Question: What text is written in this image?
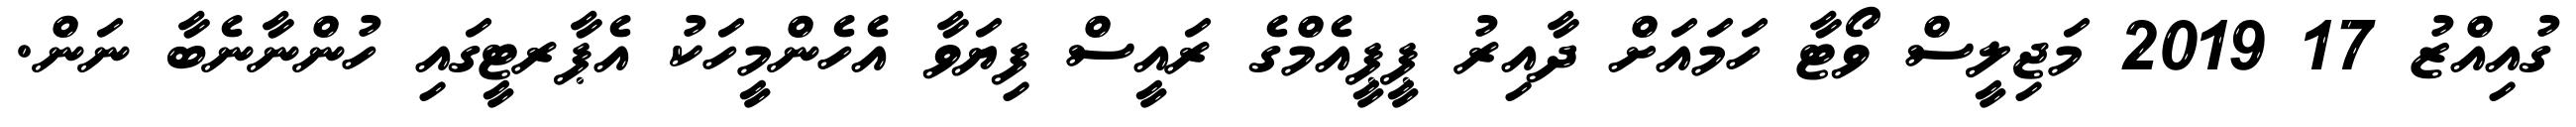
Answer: ގުއިއްޒު 17 2019 މަޖިލީސް ވޯޓާ ހަމައަށް ދާއިރު ޕީޕީއެމްގެ ރައީސް ފިޔަވާ އެހެންމީހަކު އެޕާރޓީގައި ހުންނާނެބާ ނަން.